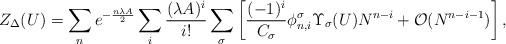
LaTeX: \begin{align*}Z_{\Delta} (U) =\sum_{n}e^{-\frac{ n \lambda A}{2} }\sum_{i}\frac{(\lambda A)^i}{i!}\sum_{\sigma}\left[\frac{(-1)^i}{C_{\sigma}} \phi^{\sigma}_{n,i}\Upsilon_{\sigma} (U) N^{n - i}+ {\cal O}( N^{n - i - 1} ) \right],\end{align*}